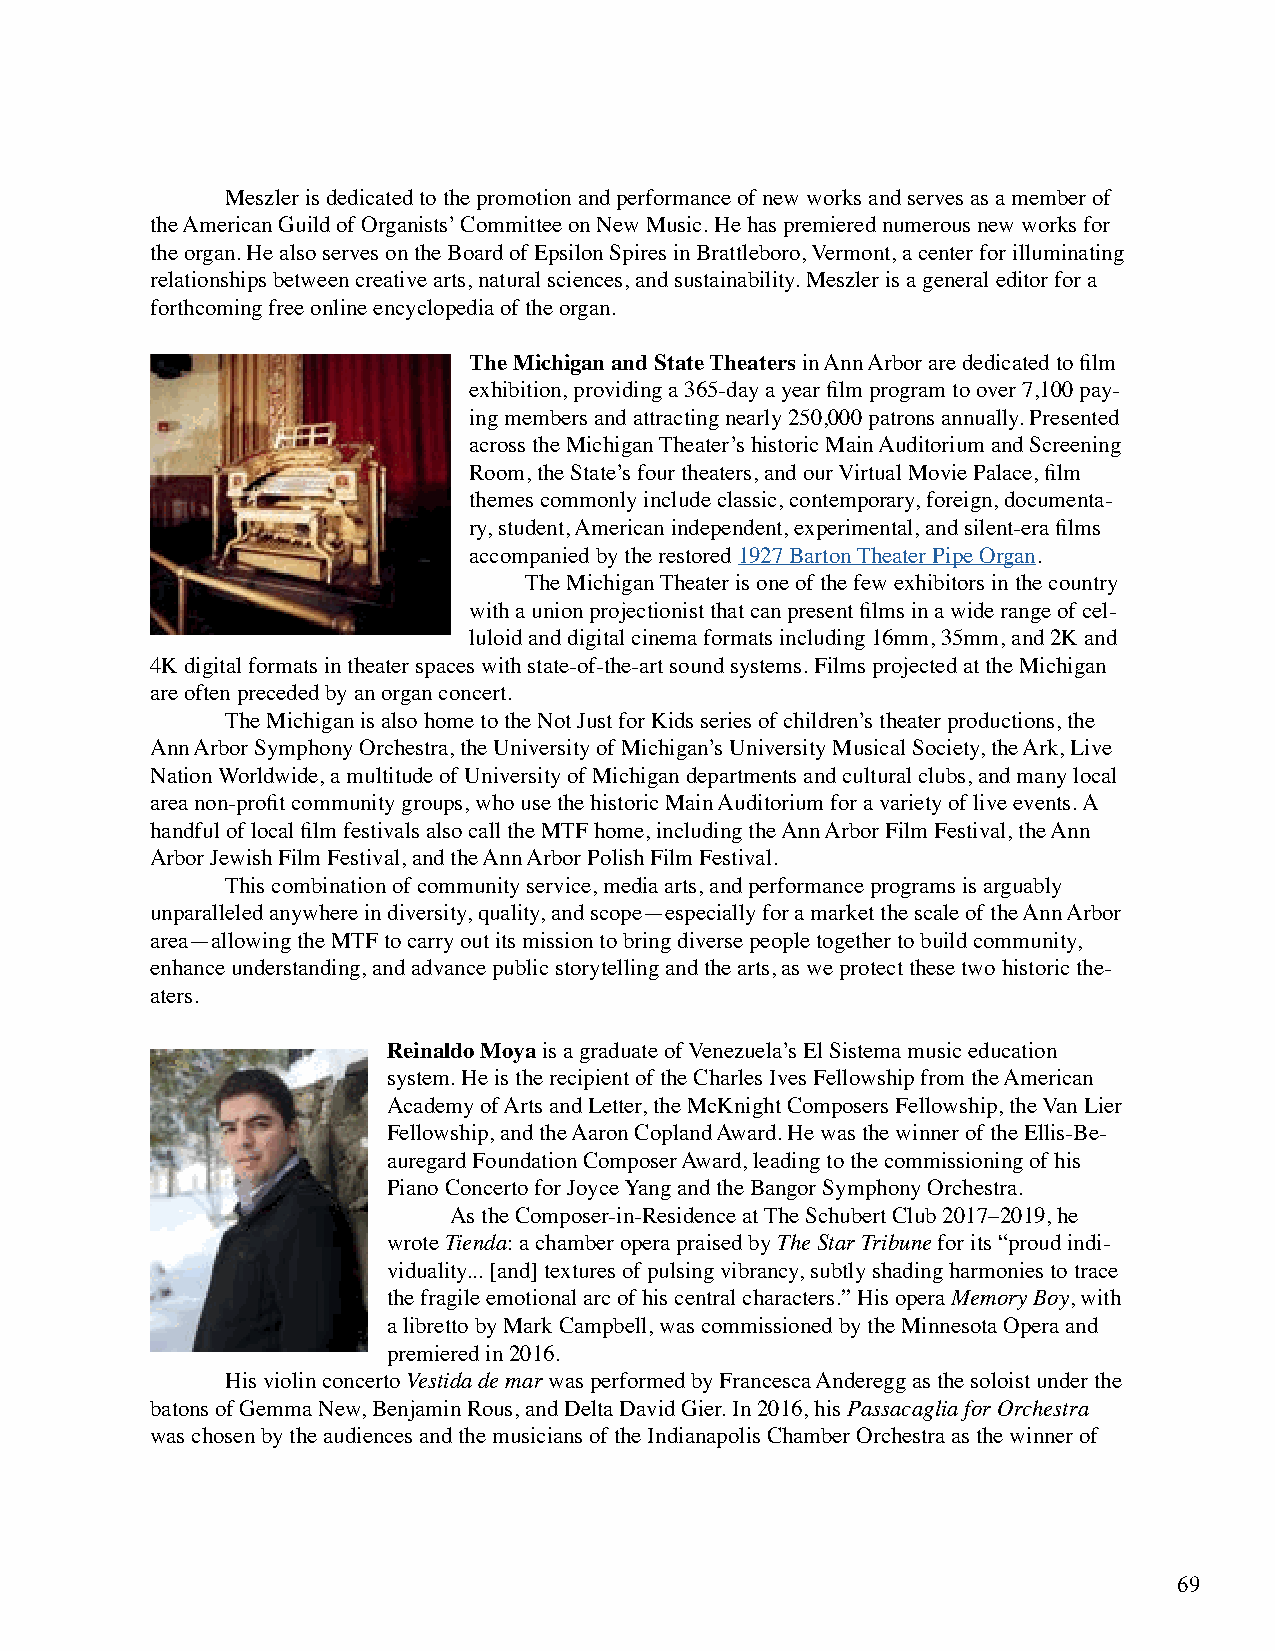
Meszler is dedicated to the promotion and performance of new works and serves as a member of
 the American Guild of Organists’ Committee on New Music. He has premiered numerous new works for
 the organ. He also serves on the Board of Epsilon Spires in Brattleboro, Vermont, a center for illuminating
 relationships between creative arts, natural sciences, and sustainability. Meszler is a general editor for a
 forthcoming free online encyclopedia of the organ.
 The Michigan and State Theaters in Ann Arbor are dedicated to film
 exhibition, providing a 365-day a year film program to over 7,100 pay-
 ing members and attracting nearly 250,000 patrons annually. Presented
 across the Michigan Theater’s historic Main Auditorium and Screening
 Room, the State’s four theaters, and our Virtual Movie Palace, film
 themes commonly include classic, contemporary, foreign, documenta-
 ry, student, American independent, experimental, and silent-era films
 accompanied by the restored 1927 Barton Theater Pipe Organ.
 The Michigan Theater is one of the few exhibitors in the country
 with a union projectionist that can present films in a wide range of cel-
 luloid and digital cinema formats including 16mm, 35mm, and 2K and
 4K digital formats in theater spaces with state-of-the-art sound systems. Films projected at the Michigan
 are often preceded by an organ concert.
 The Michigan is also home to the Not Just for Kids series of children’s theater productions, the
 Ann Arbor Symphony Orchestra, the University of Michigan’s University Musical Society, the Ark, Live
 Nation Worldwide, a multitude of University of Michigan departments and cultural clubs, and many local
 area non-profit community groups, who use the historic Main Auditorium for a variety of live events. A
 handful of local film festivals also call the MTF home, including the Ann Arbor Film Festival, the Ann
 Arbor Jewish Film Festival, and the Ann Arbor Polish Film Festival.
 This combination of community service, media arts, and performance programs is arguably
 unparalleled anywhere in diversity, quality, and scope—especially for a market the scale of the Ann Arbor
 area—allowing the MTF to carry out its mission to bring diverse people together to build community,
 enhance understanding, and advance public storytelling and the arts, as we protect these two historic the-
 aters.
 Reinaldo Moya is a graduate of Venezuela’s El Sistema music education
 system. He is the recipient of the Charles Ives Fellowship from the American
 Academy of Arts and Letter, the McKnight Composers Fellowship, the Van Lier
 Fellowship, and the Aaron Copland Award. He was the winner of the Ellis-Be-
 auregard Foundation Composer Award, leading to the commissioning of his
 Piano Concerto for Joyce Yang and the Bangor Symphony Orchestra.
 As the Composer-in-Residence at The Schubert Club 2017–2019, he
 wrote Tienda: a chamber opera praised by The Star Tribune for its “proud indi-
 viduality... [and] textures of pulsing vibrancy, subtly shading harmonies to trace
 the fragile emotional arc of his central characters.” His opera Memory Boy, with
 a libretto by Mark Campbell, was commissioned by the Minnesota Opera and
 premiered in 2016.
 His violin concerto Vestida de mar was performed by Francesca Anderegg as the soloist under the
 batons of Gemma New, Benjamin Rous, and Delta David Gier. In 2016, his Passacaglia for Orchestra
 was chosen by the audiences and the musicians of the Indianapolis Chamber Orchestra as the winner of
 69